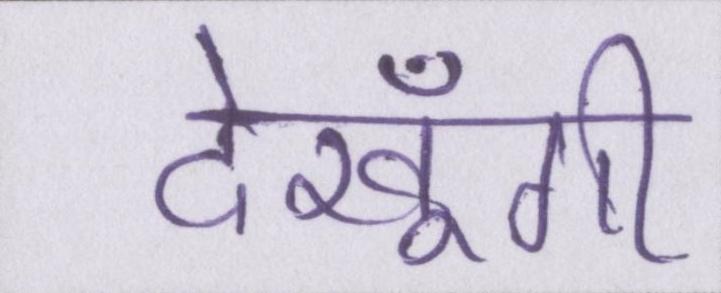
देखूँगी